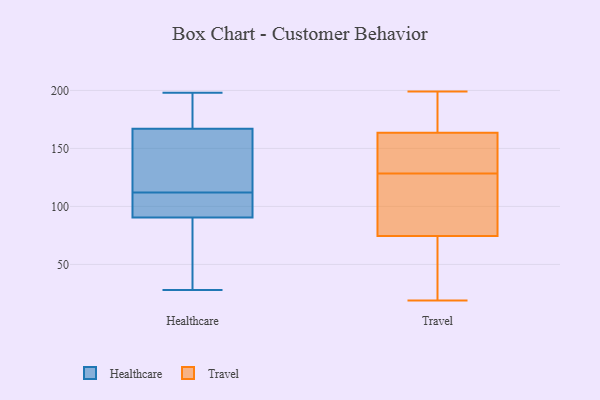
{"axis": {"x": "Market Share (%)", "y": "Value"}, "legend": ["Healthcare", "Travel"], "data": [{"x": "", "y": 119, "type": "Healthcare"}, {"x": "", "y": 78, "type": "Healthcare"}, {"x": "", "y": 109, "type": "Healthcare"}, {"x": "", "y": 155, "type": "Healthcare"}, {"x": "", "y": 59, "type": "Healthcare"}, {"x": "", "y": 190, "type": "Healthcare"}, {"x": "", "y": 28, "type": "Healthcare"}, {"x": "", "y": 115, "type": "Healthcare"}, {"x": "", "y": 179, "type": "Healthcare"}, {"x": "", "y": 198, "type": "Healthcare"}, {"x": "", "y": 103, "type": "Healthcare"}, {"x": "", "y": 107, "type": "Healthcare"}, {"x": "", "y": 79, "type": "Travel"}, {"x": "", "y": 136, "type": "Travel"}, {"x": "", "y": 116, "type": "Travel"}, {"x": "", "y": 199, "type": "Travel"}, {"x": "", "y": 83, "type": "Travel"}, {"x": "", "y": 172, "type": "Travel"}, {"x": "", "y": 19, "type": "Travel"}, {"x": "", "y": 19, "type": "Travel"}, {"x": "", "y": 160, "type": "Travel"}, {"x": "", "y": 144, "type": "Travel"}, {"x": "", "y": 157, "type": "Travel"}, {"x": "", "y": 167, "type": "Travel"}, {"x": "", "y": 145, "type": "Travel"}, {"x": "", "y": 168, "type": "Travel"}, {"x": "", "y": 47, "type": "Travel"}, {"x": "", "y": 100, "type": "Travel"}, {"x": "", "y": 121, "type": "Travel"}, {"x": "", "y": 70, "type": "Travel"}, {"x": "", "y": 198, "type": "Travel"}, {"x": "", "y": 48, "type": "Travel"}]}